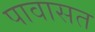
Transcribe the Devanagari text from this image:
पावासत